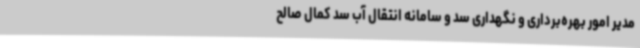
مدیر امور بهره‌برداری و نگهداری سد و سامانه انتقال آب سد کمال صالح